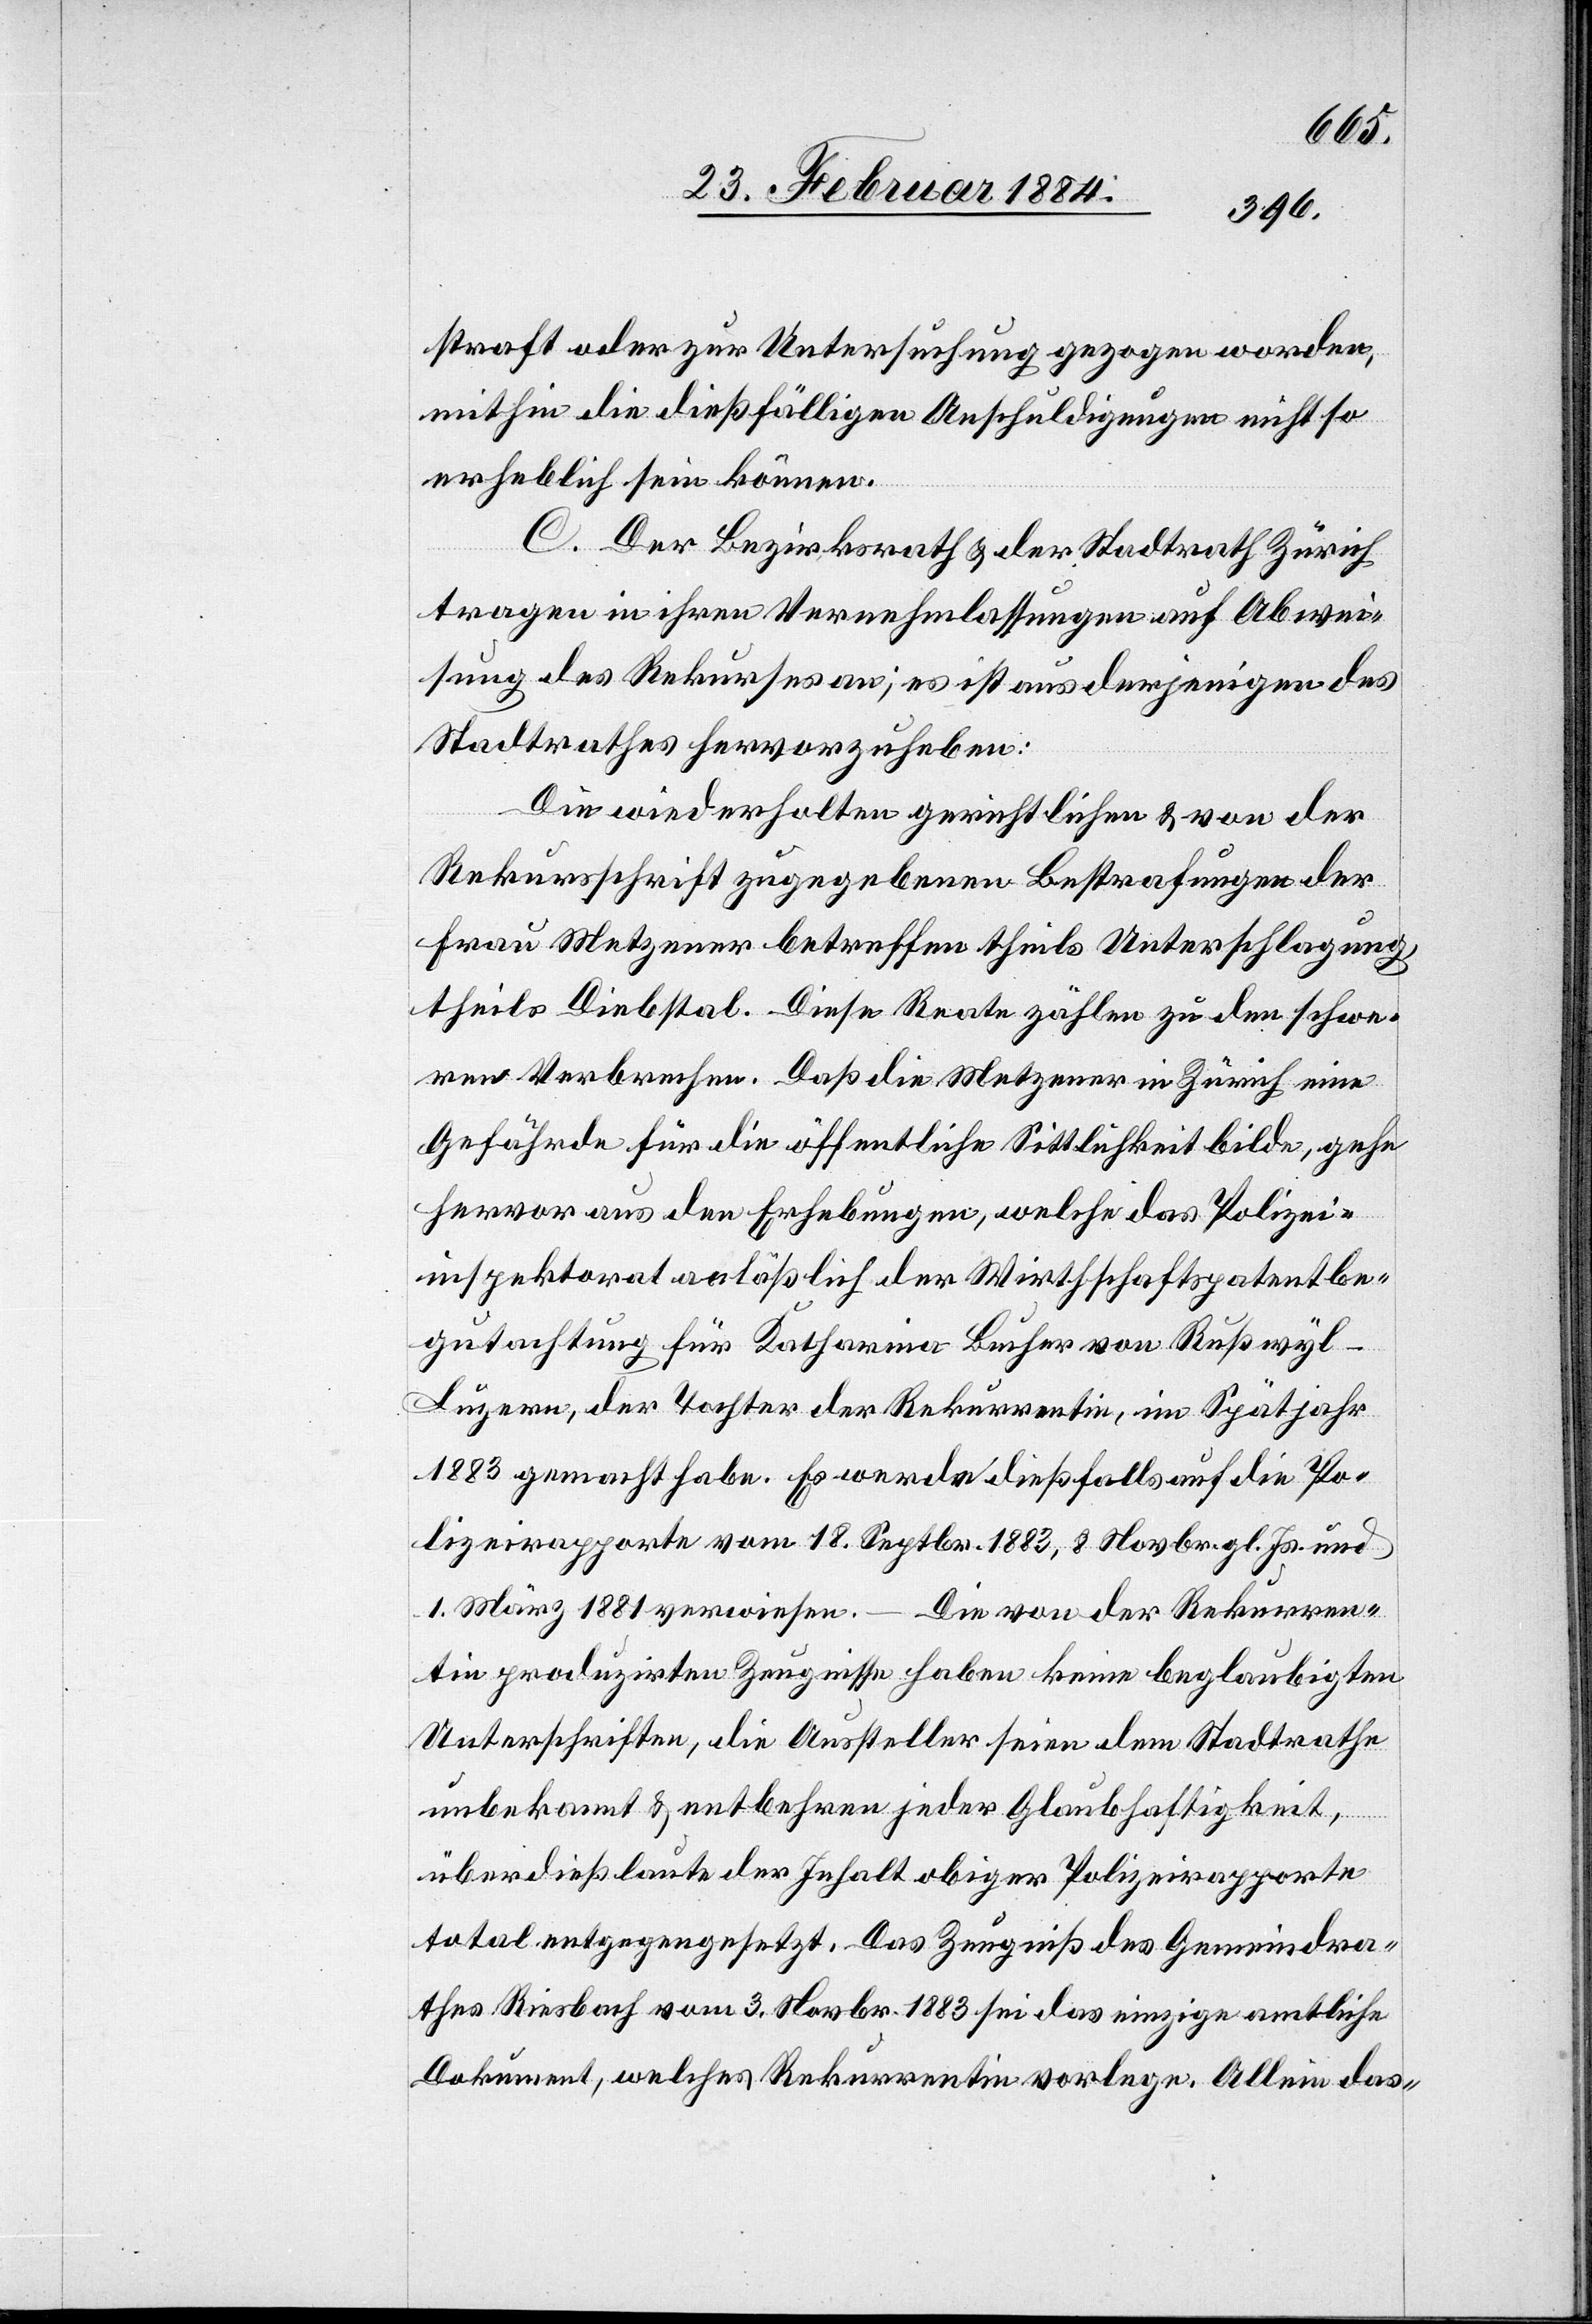
straft oder zur Untersuchung gezogen worden,
mithin die dießfälligen Anschuldigungen nicht so
erheblich sein können.
C. Der Bezirksrath & der Stadtrath Zürich
tragen in ihren Vernehmlassungen auf Abwei¬
sung des Rekurses an; es ist aus derjenigen des
Stadtrathes hervorzuheben:
Die wiederholten gerichtlichen & von der
Rekursschrift zugegebenen Bestrafungen der
Frau Metzener betreffen theils Unterschlagung,
theils Diebstal. Diese Reate zählen zu den schwe¬
ren Verbrechen. Daß die Metzener in Zürich eine
Gefährde für die öffentliche Sittlichkeit bilde, gehe
hervor aus den Erhebungen, welche das Polizei¬
inspektorat anläßlich der Wirthschaftspatentbe¬
gutachtung für Katharina Bucher von Rußwyl -
Luzern, der Tochter der Rekurrentin, im Spätjahr
1883 gemacht habe. Es werde dießfalls auf die Po¬
lizeirapporte vom 18. Septbr. 1883, 8. Novbr. gl. Js. und
1. März 1881 verwiesen. – Die von der Rekurren¬
tin produzirten Zeugnisse haben keine beglaubigten
Unterschriften, die Aussteller seien dem Stadtrathe
unbekannt & entbehren jeder Glaubhaftigkeit,
überdieß laute der Inhalt obiger Polizeirapporte
total entgegengesetzt. Das Zeugniß des Gemeindra¬
thes Riesbach vom 3. Novbr. 1883 sei das einzige amtliche
Dokument, welches Rekurrentin vorlege. Allein das-